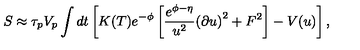
S \approx \tau _ { p } V _ { p } \int d t \left[ K ( T ) e ^ { - \phi } \left[ { \frac { e ^ { \phi - \eta } } { u ^ { 2 } } } { ( \partial u ) } ^ { 2 } + F ^ { 2 } \right] - V ( u ) \right] ,